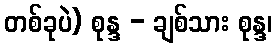
တစ်ခုပဲ) စုန္ဒ - ချစ်သား စုန္ဒ၊